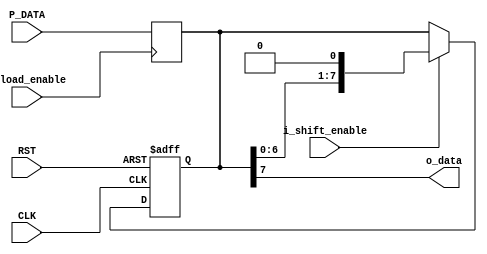
module Serializer 
#(parameter Register_Width=8)

(
    output  wire                            o_data,            
    input   wire    [Register_Width-1:0]    P_DATA,
    input   wire                            CLK,
    input   wire                            RST,
    input   wire                            i_load_enable,
    input   wire                            i_shift_enable

);

    reg [Register_Width-1:0]    internal_buffer;
    reg [Register_Width-1:0]    data_shifted;


    always@(posedge i_load_enable )
        begin
            internal_buffer<=P_DATA;
        end


    always@(posedge CLK or negedge RST)
        begin
            if(!RST)
            
            internal_buffer<={ (Register_Width){1'b0} };

            else if (i_shift_enable)
            begin
                internal_buffer<=data_shifted;
            end        
        end

    always@(*)
        begin
            data_shifted<=internal_buffer<<1;
        end

    assign o_data=internal_buffer[Register_Width-1];       

    endmodule